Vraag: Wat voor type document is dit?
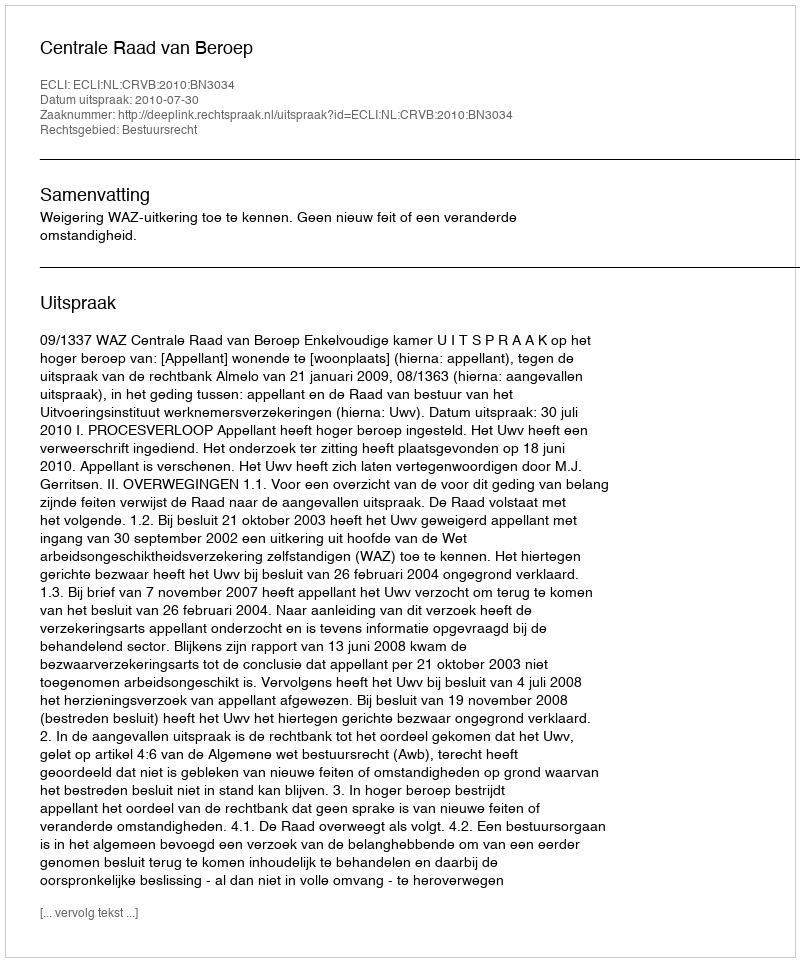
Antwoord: Uitspraak